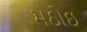
મઠોઇ